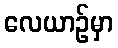
လေယာဉ်မှာ